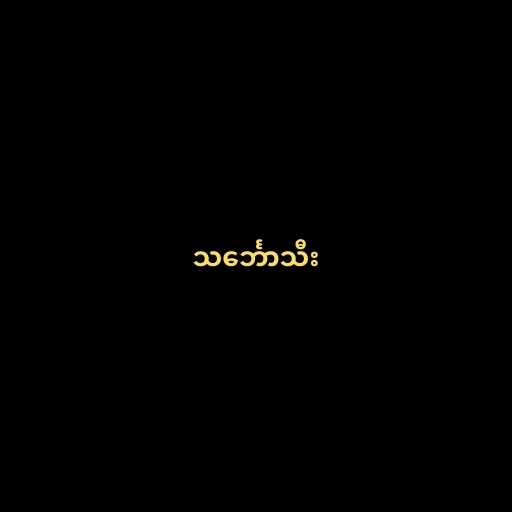
သင်္ဘောသီး